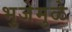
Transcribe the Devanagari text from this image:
भुजेमुळे